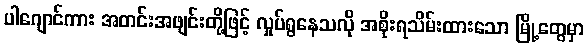
ပါဂျောင်ကား အတင်းအဖျင်းတို့ဖြင့် လှုပ်ရွနေသလို အစိုးရသိမ်းထားသော မြို့တွေမှာ